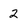
Character: 2